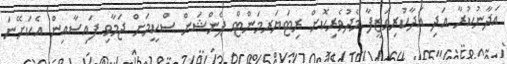
އަދާނުކުރާ އަދި އަދާކުރިވަޒީފާ މެދުވެރިކޮށް ރިޓަޔަރމަންޓް ޕެންޝަން ސްކީމަށް ޖަމާވި ފައިސާއިން އެކަށޭނަ